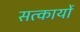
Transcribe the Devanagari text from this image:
सत्कार्यो